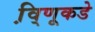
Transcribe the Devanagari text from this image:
वि़्णूकडे